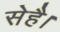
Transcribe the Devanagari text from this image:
सेहै।